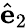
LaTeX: \hat{\mathbf{e}}_{2}